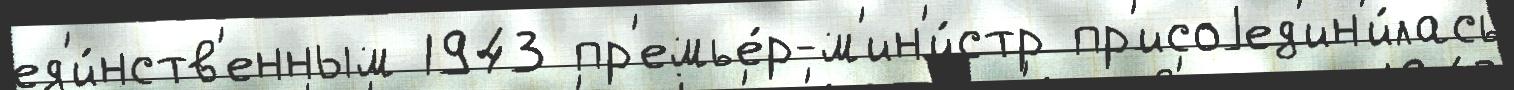
ед'и́нств'енным 1943 пр'емье́р-м'ин'и́стр пр'исоjед'ин'и́лась